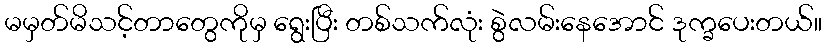
မမှတ်မိသင့်တာတွေကိုမှ ရွေးပြီး တစ်သက်လုံး စွဲလမ်းနေအောင် ဒုက္ခပေးတယ်။